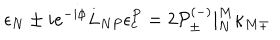
LaTeX: \epsilon _ { N } \pm i e ^ { - i \phi } L _ { N P } \epsilon _ { c } ^ { P } = 2 { \cal P } _ { \pm } ^ { ( - ) } | _ { N } ^ { M } \kappa _ { M \mp }